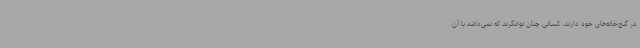
در گنج‌خانه‌های خود دارند. کسانی چنان توانگرند که نمی‌دانند با آن